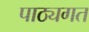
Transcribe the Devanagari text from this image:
पाठ्यगत